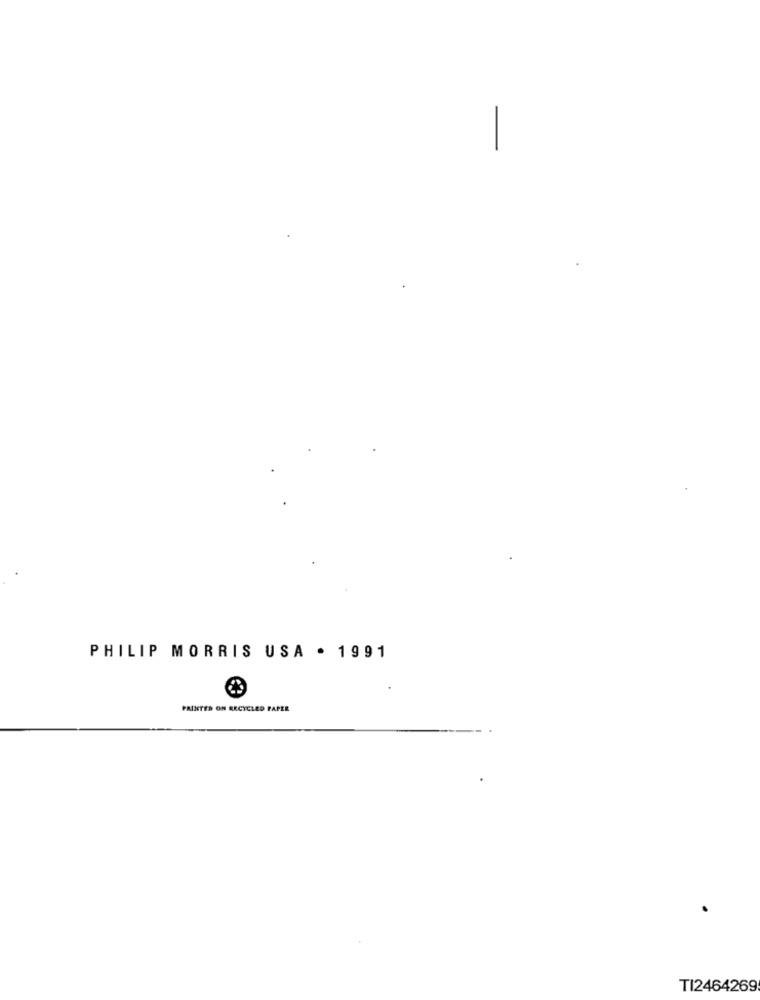
PHILIP MORRIS USA . 1991
PRINTED ON RECYCLED PAPER
TI2464269